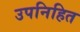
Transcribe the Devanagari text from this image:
उपनिहित